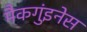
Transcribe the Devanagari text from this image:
मैकगुंइनेस